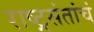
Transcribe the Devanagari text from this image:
राष्ट्रसंतांचं